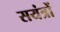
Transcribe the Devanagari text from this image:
सयंत्रों